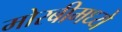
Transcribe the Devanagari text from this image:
मोरबीमध्ये